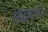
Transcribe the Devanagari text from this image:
अद्वैत्यांची